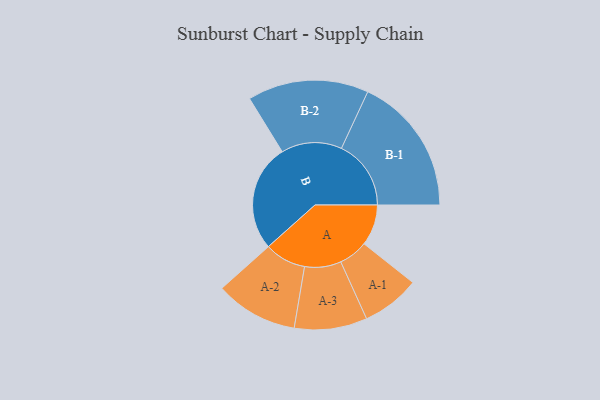
{"axis": {"x": "Segment", "y": "Value"}, "legend": ["", "A", "B"], "data": [{"x": "A", "y": 141, "type": ""}, {"x": "B", "y": 368, "type": ""}, {"x": "A-1", "y": 100, "type": "A"}, {"x": "A-2", "y": 142, "type": "A"}, {"x": "A-3", "y": 125, "type": "A"}, {"x": "B-1", "y": 239, "type": "B"}, {"x": "B-2", "y": 208, "type": "B"}]}